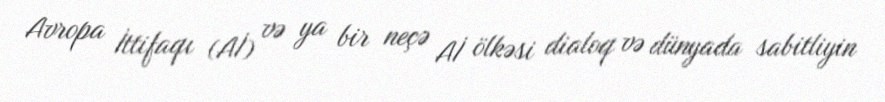
Avropa İttifaqı (Aİ) və ya bir neçə Aİ ölkəsi dialoq və dünyada sabitliyin